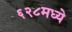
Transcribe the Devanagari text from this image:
६२८मध्ये